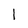
Character: I